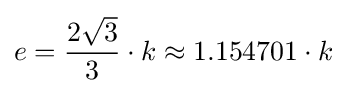
e={\frac {2{\sqrt {3}}}{3}}\cdot k\approx 1.154701\cdot k